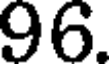
96.